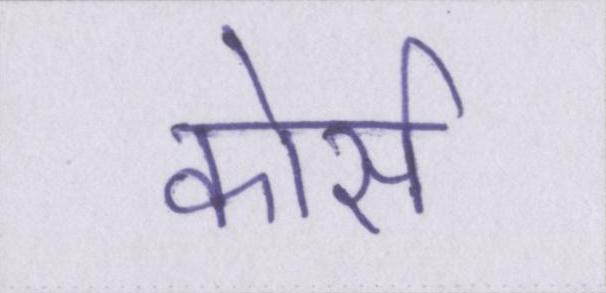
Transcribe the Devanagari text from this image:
कोर्स